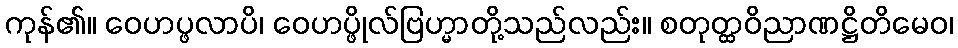
ကုန်၏။ ဝေဟပ္ဖလာပိ၊ ဝေဟပ္ဖိုလ်ဗြဟ္မာတို့သည်လည်း။ စတုတ္ထဝိညာဏဋ္ဌိတိမေဝ၊